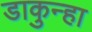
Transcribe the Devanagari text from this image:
डाकुन्हा